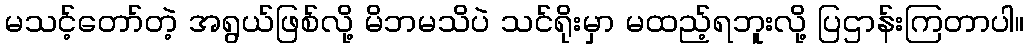
မသင့်တော်တဲ့ အရွယ်ဖြစ်လို့ မိဘမသိပဲ သင်ရိုးမှာ မထည့်ရဘူးလို့ ပြဌာန်းကြတာပါ။